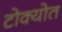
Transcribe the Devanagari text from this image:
टोक्योत